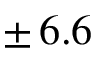
\pm \, 6 . 6